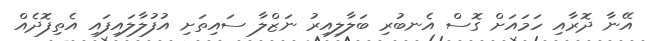
އޭނާ ދޮރާއި ހަމައަށް ގޮސް އެނބުރި ބަލާލިއިރު ނަޒްލާ ސައިތަށި އުފުލާލައިފައި އެތިފޮދެއް